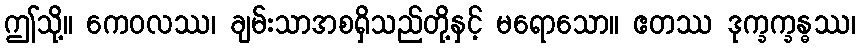
ဤသို့။ ကေဝလဿ၊ ချမ်းသာအစရှိသည်တို့နှင့် မရောသော။ ဧတဿ ဒုက္ခက္ခန္ဓဿ၊